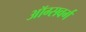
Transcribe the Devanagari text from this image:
ऑग्सवर्ग